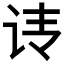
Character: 𰵕